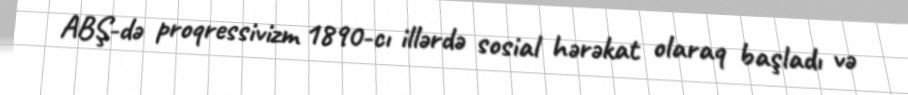
ABŞ-də proqressivizm 1890-cı illərdə sosial hərəkat olaraq başladı və